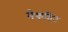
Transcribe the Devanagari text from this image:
मैकडिउ